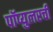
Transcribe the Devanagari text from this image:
पॉप्युलरची